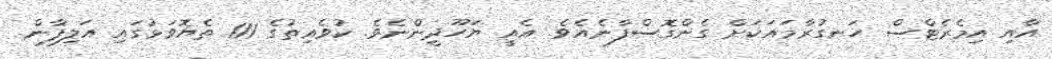
އާއި އިމެރެޓްސް ހަނގުރާމައަކަށް ގެންގޮސްފާނެއެވެ. އެއީ ޔަހޫދީންނެވެ. ކުވެއިތުގެ 111 ތެޔޮވަޅުގައި އަލިފާން